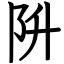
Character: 阩